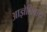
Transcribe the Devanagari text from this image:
आज्ञेशिवाय